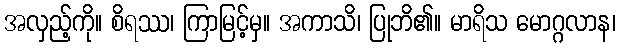
အလှည့်ကို။ စိရဿ၊ ကြာမြင့်မှ။ အကာသိ၊ ပြုဘိ၏။ မာရိသ မောဂ္ဂလာန၊